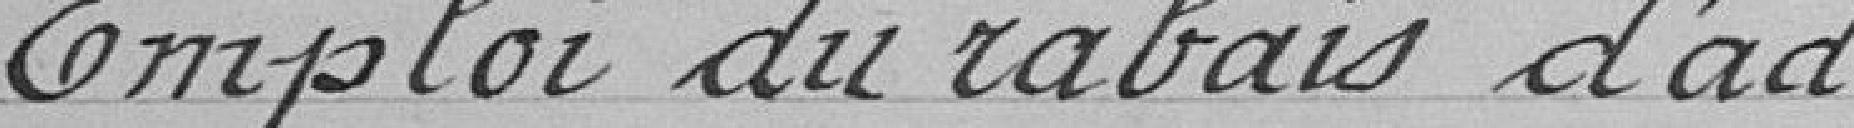
Emploi du rabais d'ad-